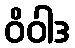
ဝိဝါဒ